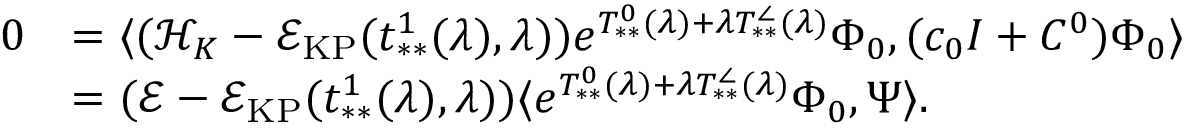
\begin{array} { r l } { 0 } & { = \langle ( \mathcal { H } _ { K } - \mathcal { E } _ { \mathrm { K P } } ( t _ { * * } ^ { 1 } ( \lambda ) , \lambda ) ) e ^ { T _ { * * } ^ { 0 } ( \lambda ) + \lambda T _ { * * } ^ { \angle } ( \lambda ) } \Phi _ { 0 } , ( c _ { 0 } I + C ^ { 0 } ) \Phi _ { 0 } \rangle } \\ & { = ( \mathcal { E } - \mathcal { E } _ { \mathrm { K P } } ( t _ { * * } ^ { 1 } ( \lambda ) , \lambda ) ) \langle e ^ { T _ { * * } ^ { 0 } ( \lambda ) + \lambda T _ { * * } ^ { \angle } ( \lambda ) } \Phi _ { 0 } , \Psi \rangle . } \end{array}